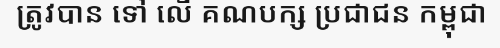
ត្រូវបាន ទៅ លើ គណបក្ស ប្រជាជន កម្ពុជា